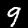
Label: 9